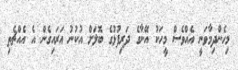
މިހެންދިމާވަނީ އެއްވެސް މީހަކު އޭނާގެ ދަރިފުޅުގެ ބޮލަށް އުކުނު އަރައިގެން އެ އެއްޗެތި